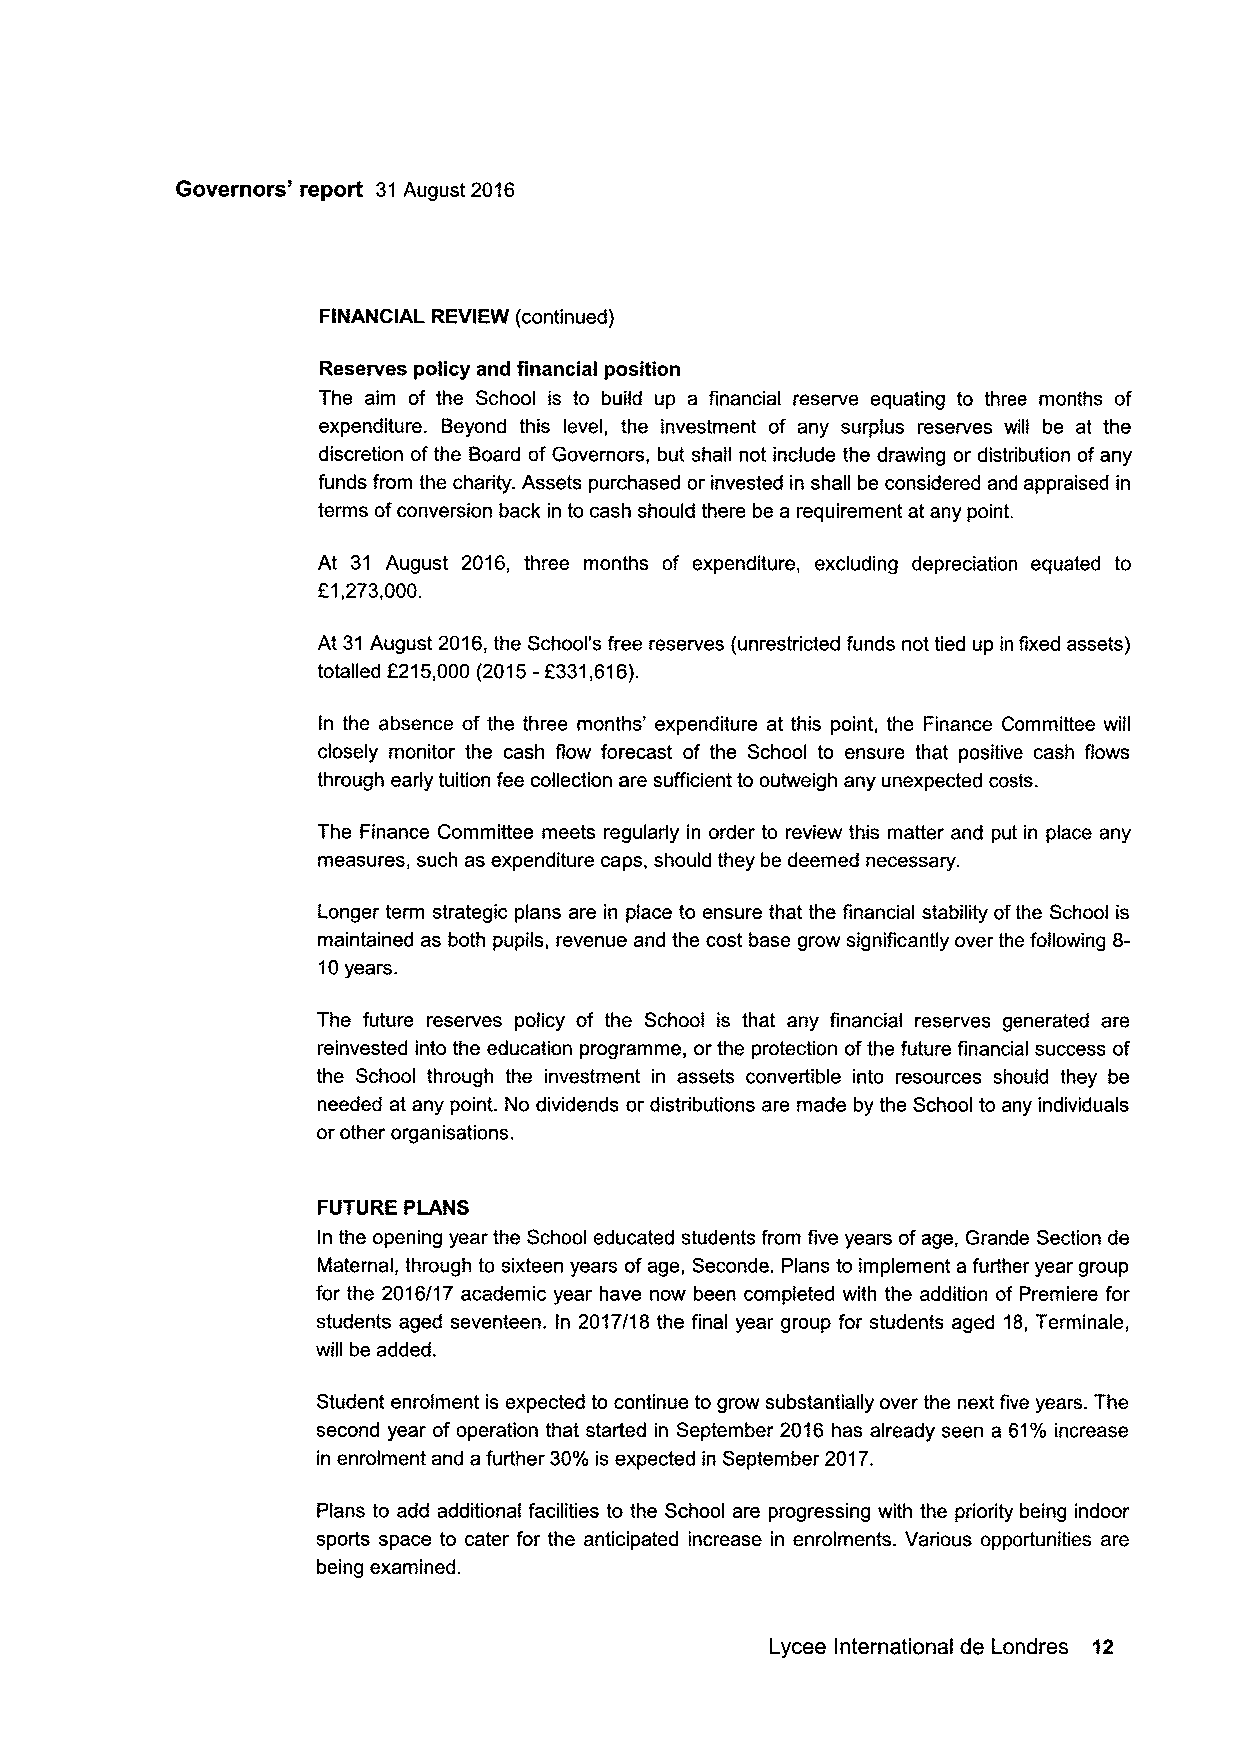
Governors' report 31August 2016
 FINANCIAL REVIEW (continued)
 Reserves policy and financial position
 The aim of the School is to build up a financial reserve equating to three months of
 expenditure. Beyond this level, the investment of any surplus reserves will be at the
 discretion ofthe Board of Governors, but shall not include the drawing or distribution ofany
 funds from the charity. Assets purchased or invested in shall be considered and appraised in
 terms ofconversion back in to cash should there be a requirement at any point.
 At 31 August 2016, three months of expenditure, excluding depreciation equated to
 E1,273,000.
 At 31August 2016,the School's free reserves (unrestricted funds not tied up in fixed assets)
 totalled f215,000 (2015-f331,616).
 In the absence of the three months' expenditure at this point, the Finance Committee will
 closely monitor the cash flow forecast of the School to ensure that positive cash flows
 through early tuition fee collection are sufficient to outweigh any unexpected costs.
 The Finance Committee meets regularly in order to review this matter and put in place any
 measures, such as expenditure caps, should they be deemed necessary.
 Longer term strategic plans are in place to ensure that the financial stability ofthe School is
 maintained as both pupils, revenue and the cost base grow significantly over the following 8-
 10years.
 The future reserves policy of the School is that any financial reserves generated are
 reinvested into the education programme, or the protection ofthe future financial success of
 the School through the investment in assets convertible into resources should they be
 needed at any point. No dividends or distributions are made by the School to any individuals
 or other organisations.
 FUTURE PLANS
 In the opening year the School educated students from five years ofage, Grande Section de
 Maternal, through to sixteen years ofage, Seconde. Plans to implement a further year group
 for the 2016/17 academic year have now been completed with the addition of Premiere for
 students aged seventeen. In 2017/18 the final year group for students aged 18,Terminale,
 will be added.
 Student enrolment is expected to continue to grow substantially over the next five years. The
 second year of operation that started in September 2016 has already seen a 61%increase
 in enrolment and a further 30%is expected in September 2017.
 Plans to add additional facilities to the School are progressing with the priority being indoor
 sports space to cater for the anticipated increase in enrolments. Various opportunities are
 being examined.
 Lycee International de Londres 12